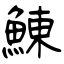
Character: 鯟